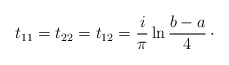
\begin{align*}t_{11}=t_{22}=t_{12} = {i\over \pi}\ln {b-a\over 4}\,\cdotp\end{align*}